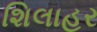
શિલાહર